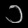
Digit: ၁